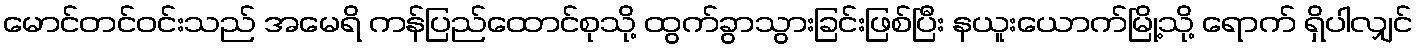
မောင်တင်ဝင်းသည် အမေရိ ကန်ပြည်ထောင်စုသို့ ထွက်ခွာသွားခြင်းဖြစ်ပြီး နယူးယောက်မြို့သို့ ရောက် ရှိပါလျှင်